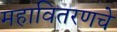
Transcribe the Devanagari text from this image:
महावितरणचे